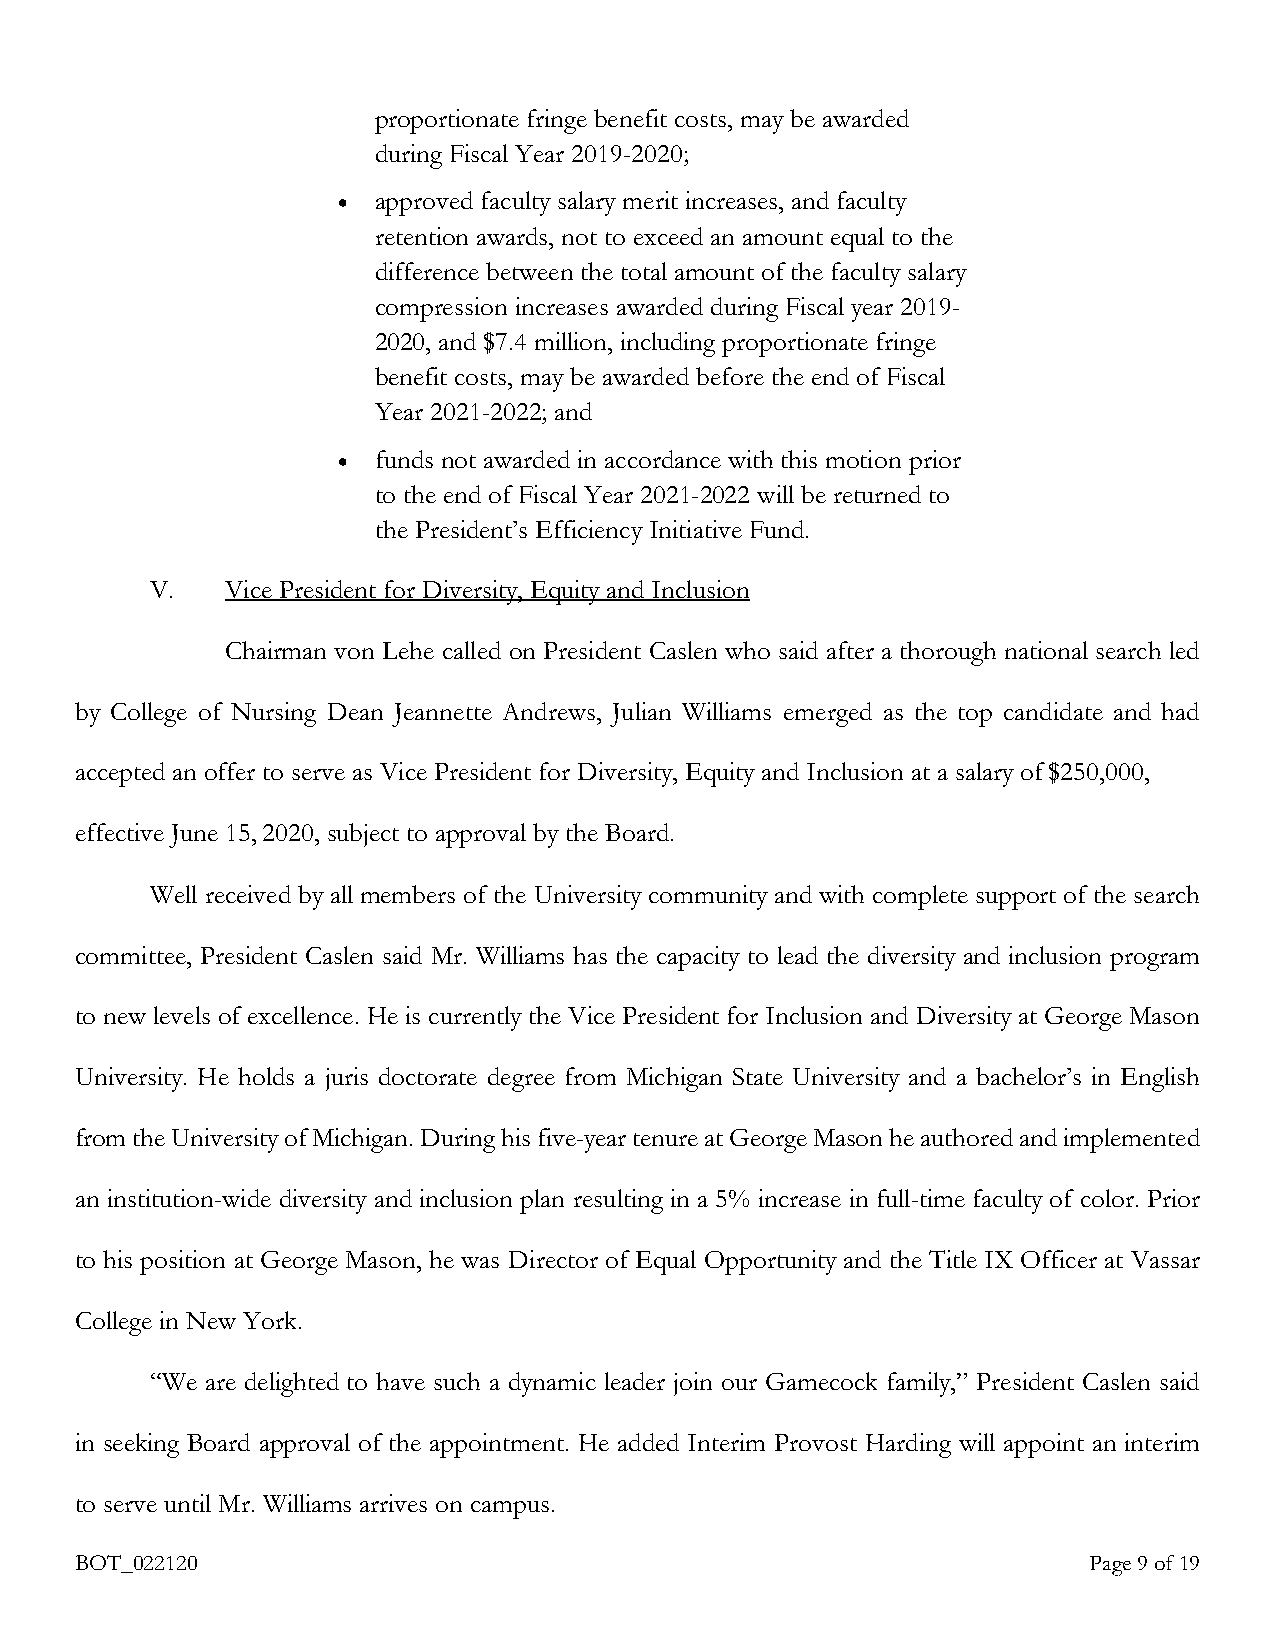
proportionate fringe benefit costs, may be awarded
 during Fiscal Year 2019-2020;
 •  approved faculty salary merit increases, and faculty
 retention awards, not to exceed an amount equal to the
 difference between the total amount of the faculty salary
 compression increases awarded during Fiscal year 2019-
 2020, and $7.4 million, including proportionate fringe
 benefit costs, may be awarded before the end of Fiscal
 Year 2021-2022; and
 •  funds not awarded in accordance with this motion prior
 to the end of Fiscal Year 2021-2022 will be returned to
 the President’s Efficiency Initiative Fund.
 V.   Vice President for Diversity, Equity and Inclusion
 Chairman von Lehe called on President Caslen who said after a thorough national search led
 by College of Nursing Dean Jeannette Andrews, Julian Williams emerged as the top candidate and had
 accepted an offer to serve as Vice President for Diversity, Equity and Inclusion at a salary of $250,000,
 effective June 15, 2020, subject to approval by the Board.
 Well received by all members of the University community and with complete support of the search
 committee, President Caslen said Mr. Williams has the capacity to lead the diversity and inclusion program
 to new levels of excellence. He is currently the Vice President for Inclusion and Diversity at George Mason
 University. He holds a juris doctorate degree from Michigan State University and a bachelor’s in English
 from the University of Michigan. During his five-year tenure at George Mason he authored and implemented
 an institution-wide diversity and inclusion plan resulting in a 5% increase in full-time faculty of color. Prior
 to his position at George Mason, he was Director of Equal Opportunity and the Title IX Officer at Vassar
 College in New York.
 “We are delighted to have such a dynamic leader join our Gamecock family,” President Caslen said
 in seeking Board approval of the appointment. He added Interim Provost Harding will appoint an interim
 to serve until Mr. Williams arrives on campus.
 BOT_022120                                                         Page 9 of 19